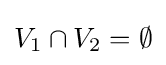
V_{1}\cap V_{2}=\emptyset